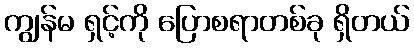
ကျွန်မ ရှင့်ကို ပြောစရာတစ်ခု ရှိတယ်